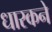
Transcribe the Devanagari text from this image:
धारकने